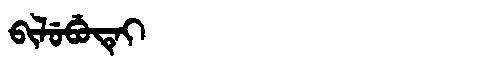
Manchu: ᠪᡳᠯᡠᠪᡠᡨᡝᡳ
Romanization: BILUBUTEI